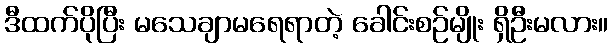
ဒီထက်ပိုပြီး မသေချာမရေရာတဲ့ ခေါင်းစဉ်မျိုး ရှိဦးမလား။